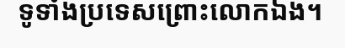
ទូទាំងប្រទេសព្រោះលោកឯង។